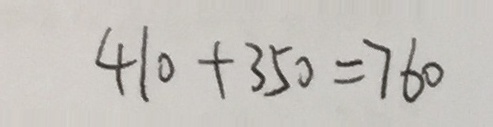
4 1 0 + 3 5 0 = 7 6 0